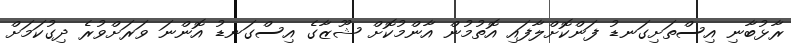
ރާޅުބާނި އިސްތަށިގަނޑު ފަންކޮށްލާފައި އޮތުމުން އާންމުކޮށް ޝޫޒާގެ އިސްގަނޑު އޮންނަ ވަރަށްވުރެ ދިގުކަމަށް